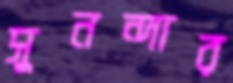
সুনন্দার